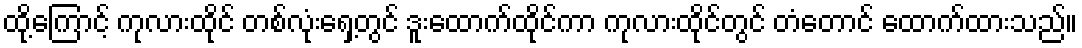
ထို့ကြောင့် ကုလားထိုင် တစ်လုံးရှေ့တွင် ဒူးထောက်ထိုင်ကာ ကုလားထိုင်တွင် တံတောင် ထောက်ထားသည်။